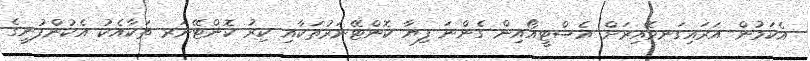
އެކަމުން އަރައިގަނވޭއިރަށް އެސްޓީއޯއިން ގެންނަ ފިޔާ ކޮންޓޭނަރުތަކާއި ކިރު ކޮންޓޭނަރ ތަކާއެކު އެކުންފުނީގެ